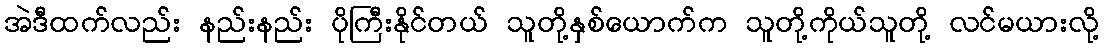
အဲဒီထက်လည်း နည်းနည်း ပိုကြီးနိုင်တယ် သူတို့နှစ်ယောက်က သူတို့ကိုယ်သူတို့ လင်မယားလို့